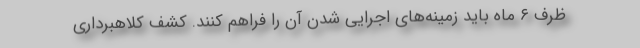
ظرف ۶ ماه باید زمینه‌های اجرایی شدن آن را فراهم کنند. کشف کلاهبرداری